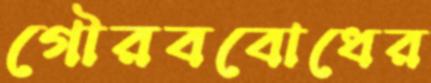
গৌরববোধের